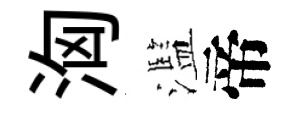
洶濫帝